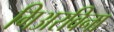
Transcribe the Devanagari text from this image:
गिअरविना